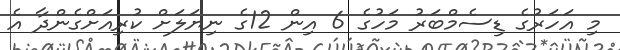
މި އަހަރުގެ ޑިސެމްބަރު މަހުގެ 6 އިން 12ގެ ނިޔަލަށް ކުރިއަށްގެންދާ އެ